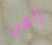
إلهي